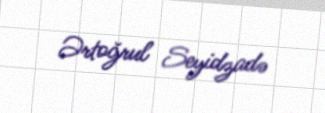
Ərtoğrul Seyidzadə